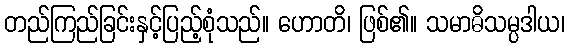
တည်ကြည်ခြင်းနှင့်ပြည့်စုံသည်။ ဟောတိ၊ ဖြစ်၏။ သမာဓိသမ္ပဒါယ၊